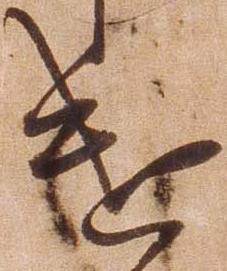
遣